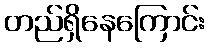
တည်ရှိနေကြောင်း